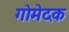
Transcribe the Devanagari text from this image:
गोमेदक